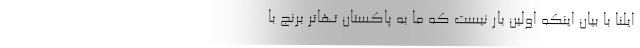
ایلنا با بیان اینکه اولین بار نیست که ما به پاکستان تهاتر برنج با